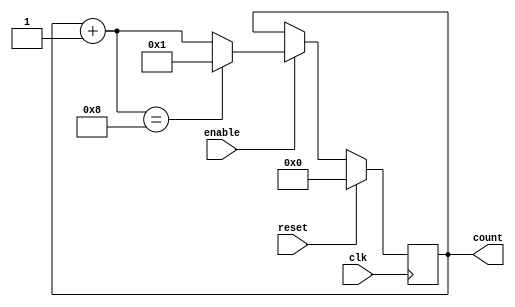
module ring_counter(
  input wire clk,
  input wire reset,
  input wire enable,
  output reg [3:0] count
);

reg [3:0] next_count;

always @(posedge clk) begin
  if (reset) begin
    count <= 4'b0000;
  end else if (enable) begin
    count <= next_count;
  end
end

always @* begin
  next_count = count + 1;
  if (next_count == 4'b1000) begin
    next_count = 4'b0001;
  end
end

endmodule